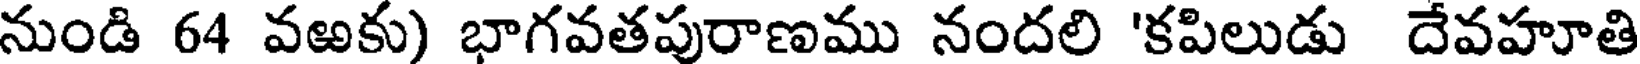
నుండి 64 వఱకు) భాగవతపురాణము నందలి 'కపిలుడు దేవహూతి